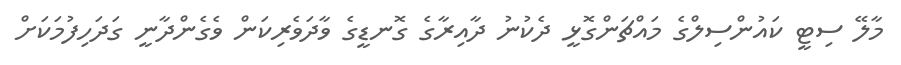
މާލޭ ސިޓީ ކައުންސިލްގެ މައްޗަންގޮޅީ ދެކުނު ދާއިރާގެ ގޮނޑީގެ ވާދަވެރިކަން ވެގެންދާނީ ގަދަހިފުމަކަށް